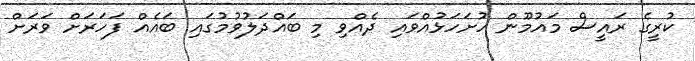
ކުރީގެ ރައީސް މައުމޫން ހުށަހަޅުއްވައި ދެއްވި މި ބައްދަލުވުމުގައި ބައެއް ފަހަރަށް ވަރަށް